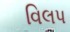
વિલપ